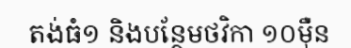
តង់ធំ១ និងបន្ថែមថវិកា ១០ម៉ឺន